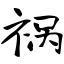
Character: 祸